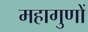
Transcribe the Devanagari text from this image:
महागुणों